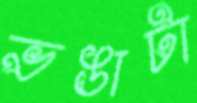
ভঙাটা